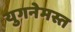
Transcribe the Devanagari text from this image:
युगनेमस्त